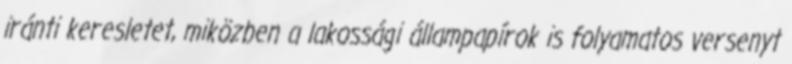
iránti keresletet, miközben a lakossági állampapírok is folyamatos versenyt